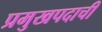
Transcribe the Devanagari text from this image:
प्रमुखपदाची